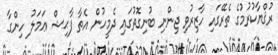
ރުޤްޔާކުރުމުގެ ތެރޭގައި ހާޒިރުވި ޖިންނި ބުނިގޮތުގައި ދެމީހުން އެތާ ފާޙިޝް ޢަމަލު ހިންގާ